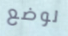
لوضع